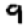
Digit: 9